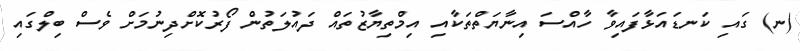
(ނ) ގައި ކަނޑައަޅާފައިވާ ހާއްސަ އިނާޔަތްތަކާއި އިމްތިޔާޒުތައް ދައުލަތުން ފޯރުކޮށްދިނުމަށް ވެސް ބިލްގައި